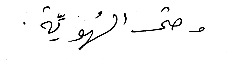
وحتى الهُويّة.